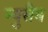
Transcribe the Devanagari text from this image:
न्युसैम